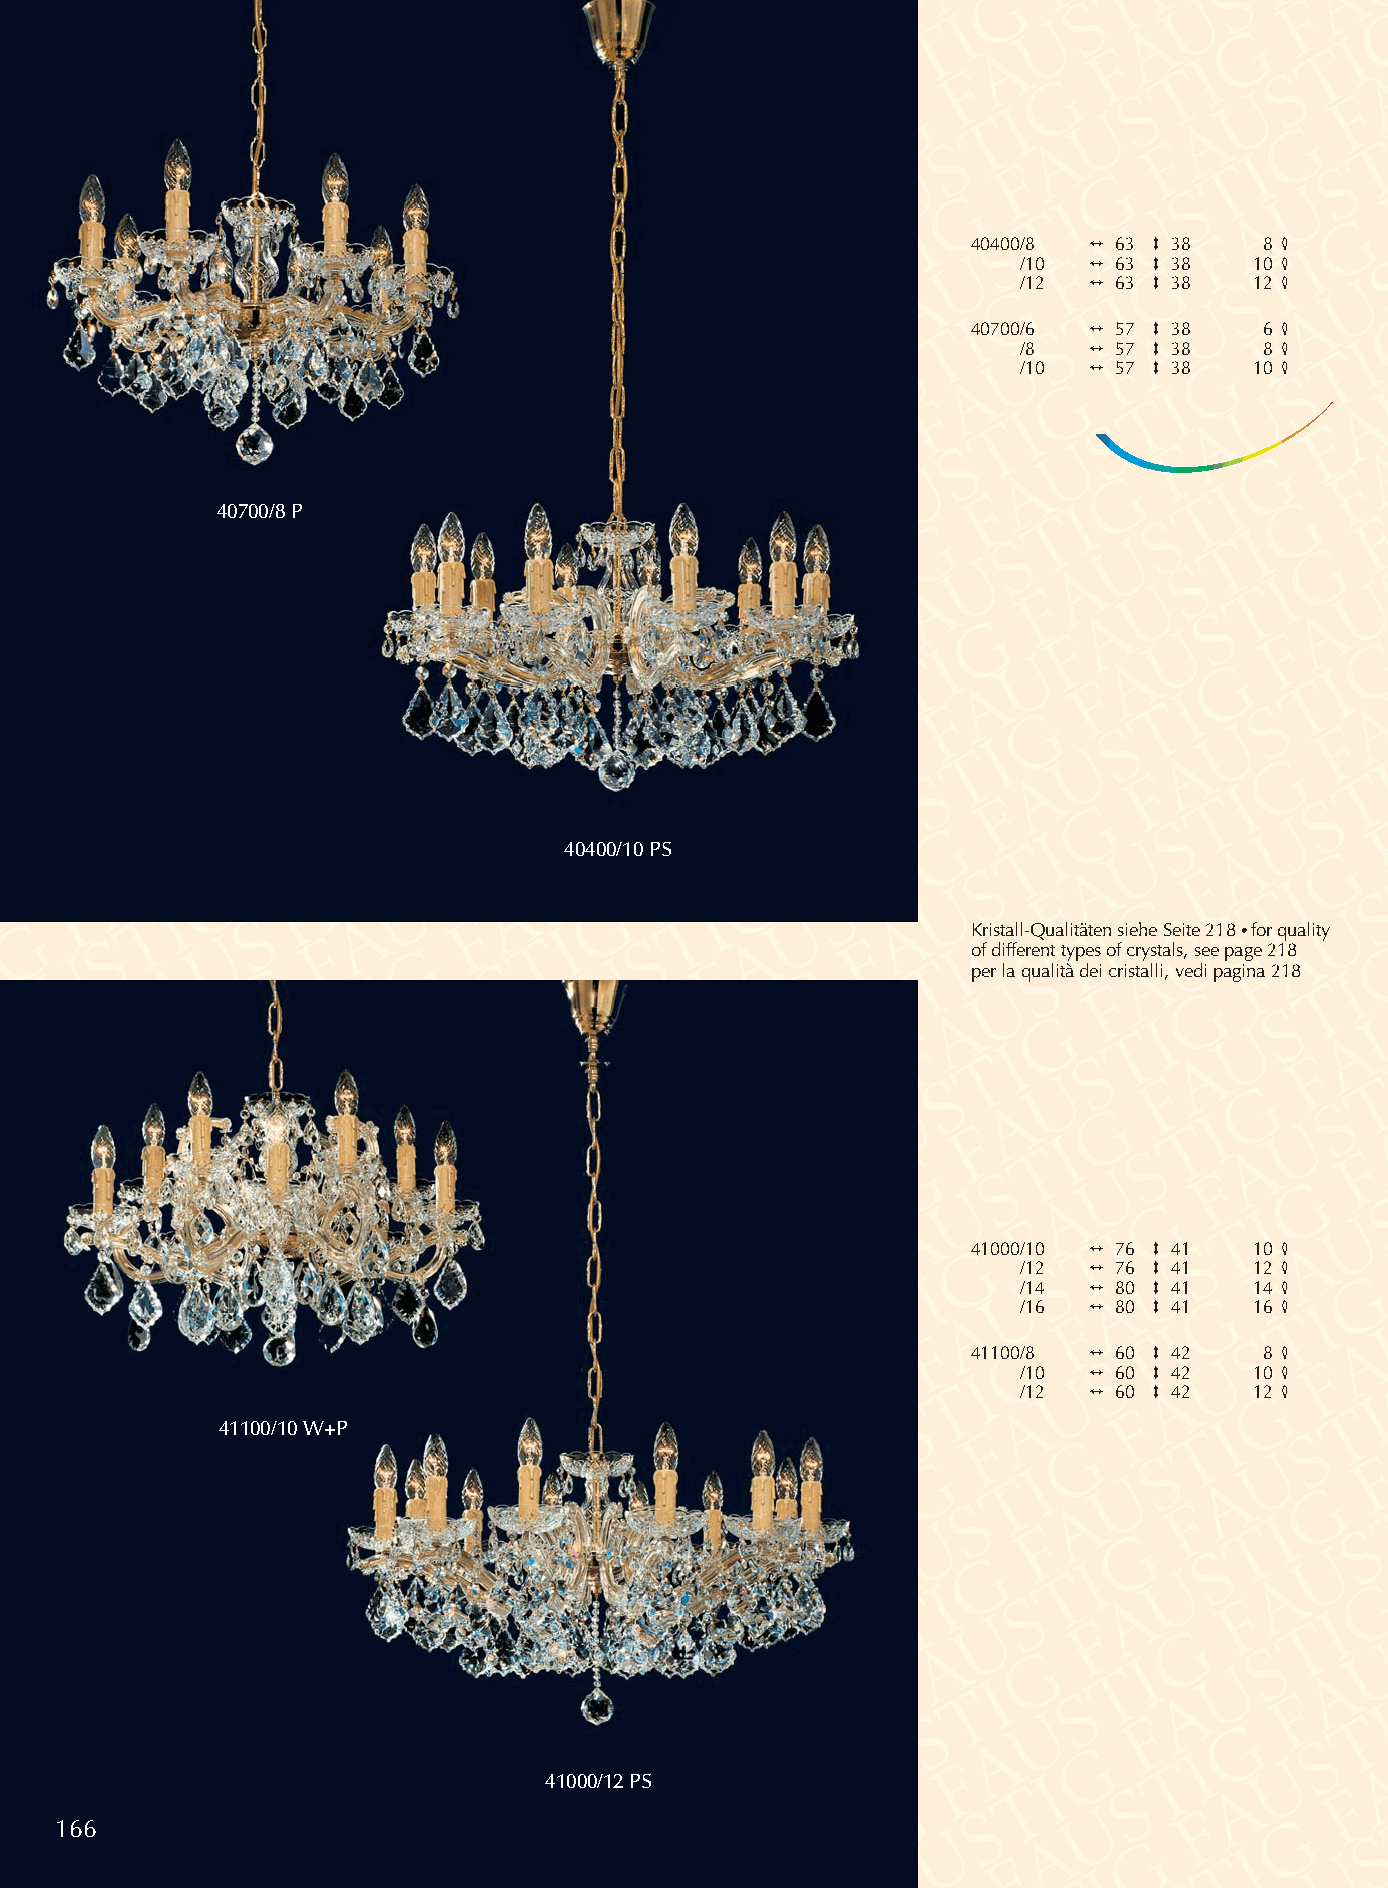
40400/8 2 63 3 38   8 4
 /10 2 63 3 38  10 4
 /12 2 63 3 38  12 4
 40700/6 2 57 3 38   6 4
 /8  2 57 3 38   8 4
 /10 2 57 3 38  10 4
 40700/8 P
 40400/10 PS
 Kristall-Qualitäten siehe Seite 218 •for quality
 of different types of crystals, see page 218
 per la qualità dei cristalli, vedi pagina 218
 41000/10 2 76 3 41 10 4
 /12 2 76 3 41  12 4
 /14 2 80 3 41  14 4
 /16 2 80 3 41  16 4
 41100/8 2 60 3 42   8 4
 /10 2 60 3 42  10 4
 /12 2 60 3 42  12 4
 41100/10 W+P
 41000/12 PS
 166